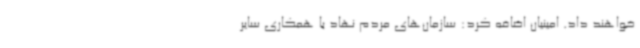
خواهند داد. امینیان اضافه کرد: سازمان‌های مردم نهاد با همکاری سایر